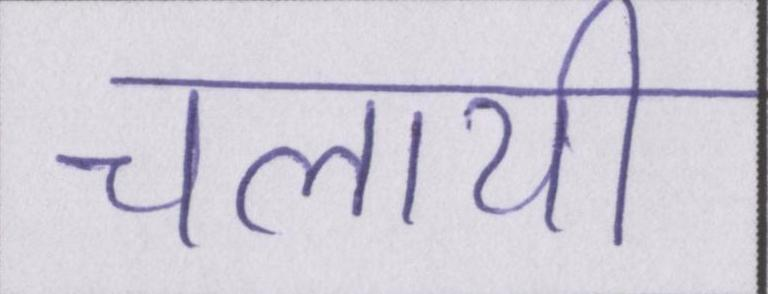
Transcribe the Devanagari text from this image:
चलायी